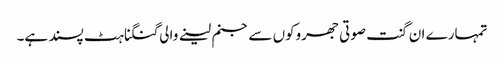
تمہارے ان گنت صوتی جھروکوں سے جنم لینے والی گنگناہٹ پسند ہے۔